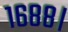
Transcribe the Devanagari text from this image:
१६८८।